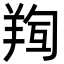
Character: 𮊧